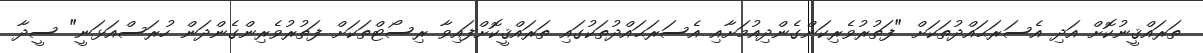
ތަރައްޤީނުކޮށް އަދި އެސަރަޙައްދުތަކަށް "ފަތުރުވެރިކަންގެންދިއުމަށާއި އެސަރަޙައްދުތަކުގައި ތަރައްޤީކޮށްފައިވާ ރިސޯޓްތަކަށް ފަތުރުވެރިންގެންދަން ހުރަސްއަޅަނީ" ސީދާ